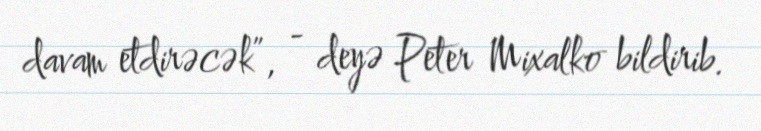
davam etdirəcək”, - deyə Peter Mixalko bildirib.